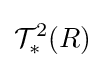
{\mathcal {T}}_{\ast }^{2}(R)